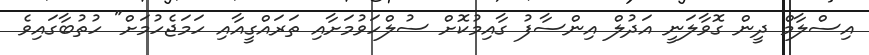
އިސްލާމް ދީން ގޮވާލަނީ އަދުލް އިންސާފު ގާއިމުކޮށް ސުލްހަވުމަށާއި ތަރައްގީއާއި ހަމަޖެހުމަށް" ހުތުބާގައިވެ